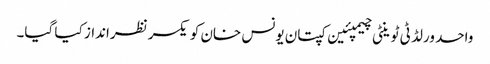
واحد ورلڈ ٹی ٹوینٹی چیمپئین کپتان یونس خان کو یکسر نظرانداز کیا گیا۔